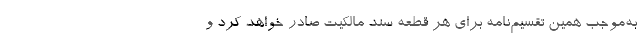
به‌موجب همین تقسیم‌نامه برای هر قطعه سند مالکیت صادر خواهد کرد و